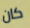
كان